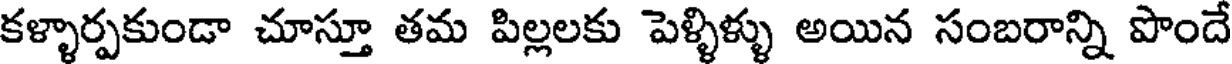
కళ్ళార్పకుండా చూస్తూ తమ పిల్లలకు పెళ్ళిళ్ళు అయిన సంబరాన్ని పొందే